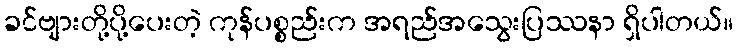
ခင်ဗျားတို့ပို့ပေးတဲ့ ကုန်ပစ္စည်းက အရည်အသွေးပြဿနာ ရှိပါတယ်။